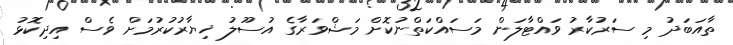
ތާއަބަދު މި ސަރުކާރު ވައްޓާލަން މަސައްކަތްނުކޮށް މަޝްވަރާގެ އުސޫލު ޚިޔާރުކުރުމަށް ވެސް އިދިކޮޅު